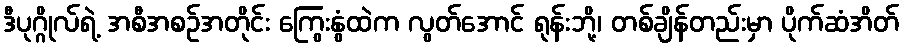
ဒီပုဂ္ဂိုလ်ရဲ့ အစီအစဉ်အတိုင်း ကြွေးနွံထဲက လွတ်အောင် ရုန်းဘို့၊ တစ်ချိန်တည်းမှာ ပိုက်ဆံအိတ်